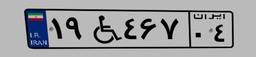
۱۹W۴۶۷۰۴